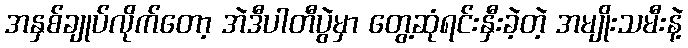
အနှစ်ချုပ်လိုက်တော့ အဲဒီပါတီပွဲမှာ တွေ့ဆုံရင်းနှီးခဲ့တဲ့ အမျိုးသမီးနဲ့